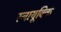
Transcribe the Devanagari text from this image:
स्नायूविक